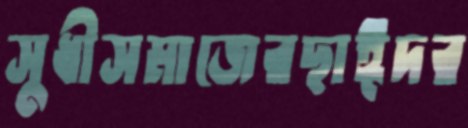
সুধীসমাজেরছাঈদর